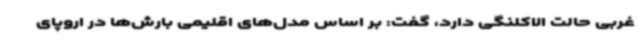
غربی حالت الاکلنگی دارد، گفت: بر اساس مدل‌های اقلیمی بارش‌ها در اروپای